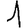
Digit: 1